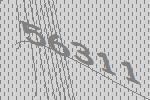
56311